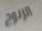
الزنوج